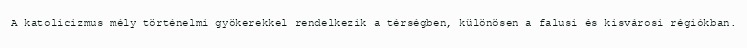
A katolicizmus mély történelmi gyökerekkel rendelkezik a térségben, különösen a falusi és kisvárosi régiókban.